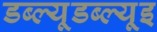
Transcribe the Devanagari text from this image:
डब्ल्यूडब्ल्यूइ